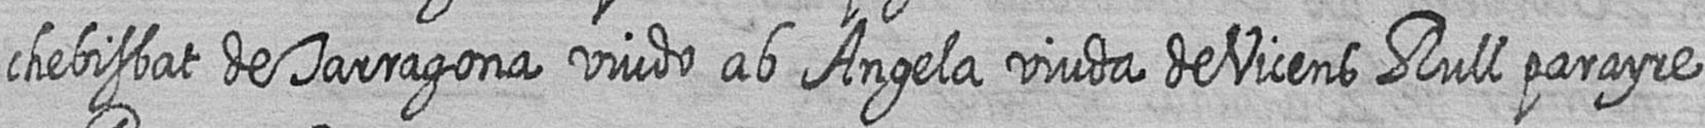
chebisbat de Tarragona viudo ab Angela viuda de Vicens Rull parayre